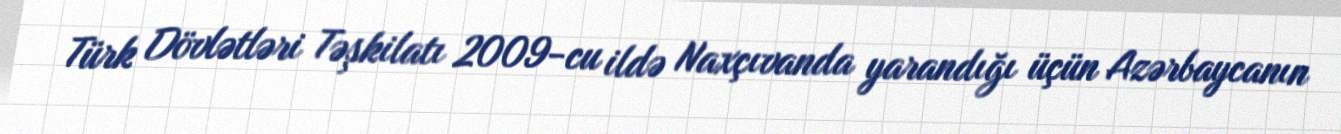
Türk Dövlətləri Təşkilatı 2009-cu ildə Naxçıvanda yarandığı üçün Azərbaycanın